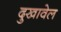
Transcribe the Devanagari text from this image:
दुखावेल